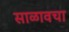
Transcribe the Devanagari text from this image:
साळावचा